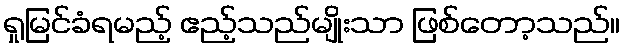
ရှုမြင်ခံရမည့် ဧည့်သည်မျိုးသာ ဖြစ်တော့သည်။